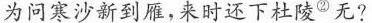
为问寒沙新到雁，来时还下杜陵^{②}x无?